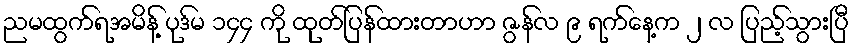
ညမထွက်ရအမိန့် ပုဒ်မ ၁၄၄ ကို ထုတ်ပြန်ထားတာဟာ ဇွန်လ ၉ ရက်နေ့က ၂ လ ပြည့်သွားပြီ